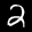
Label: 2